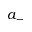
a _ { - }